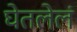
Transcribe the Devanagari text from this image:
घेतलेलं